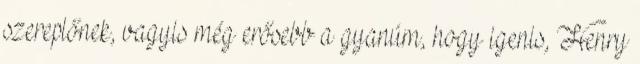
szereplőnek, vagyis még erősebb a gyanúm, hogy igenis, Henry